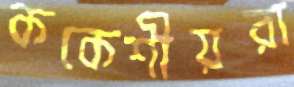
ককেশীয়রা